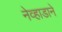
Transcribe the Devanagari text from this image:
नेव्हाडाने